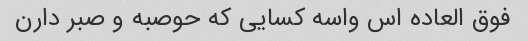
فوق العاده اس واسه کسایی که حوصبه و صبر دارن